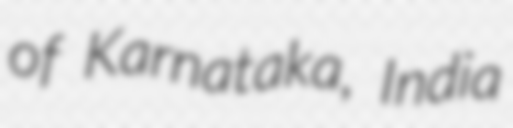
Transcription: of Karnataka, India